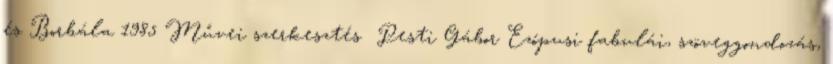
és Borbála 1985 Művei szerkesztés Pesti Gábor Ezópusi fabulái, szöveggondozás,